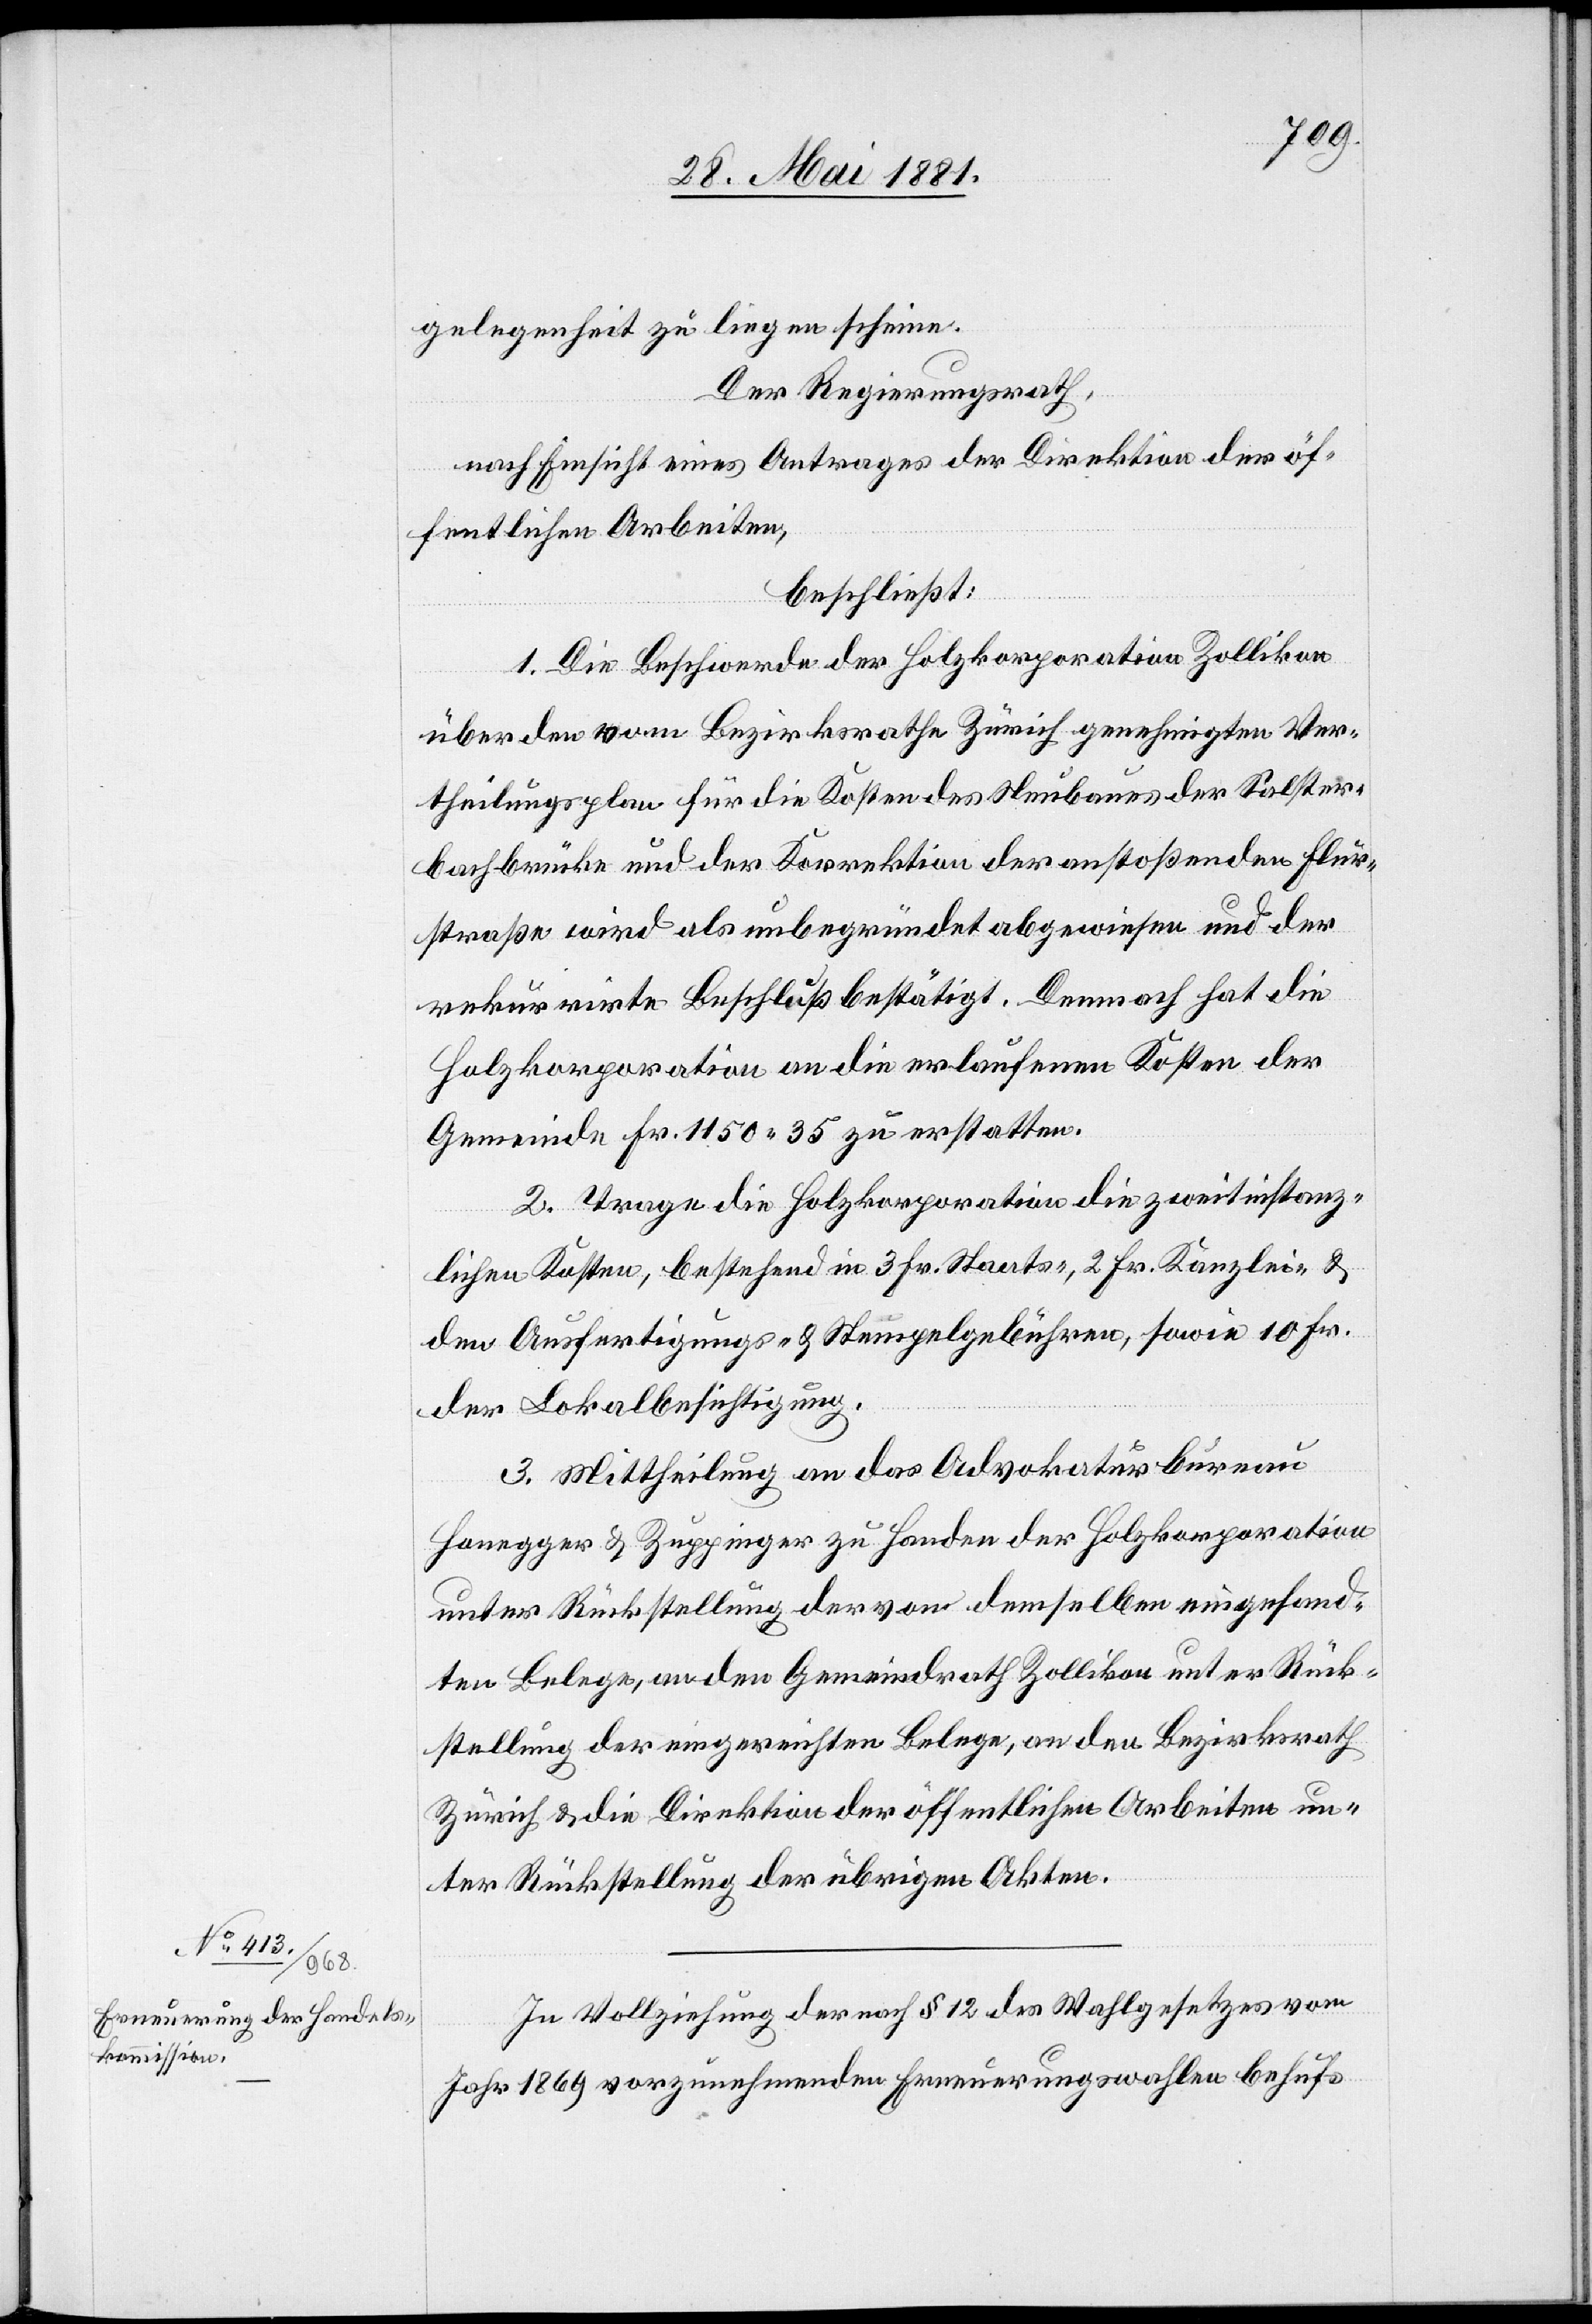
gelegenheit zu liegen scheine.
Der Regierungsrath,
nach Einsicht eines Antrages der Direktion der öf¬
fentlichen Arbeiten,
beschließt:
1. Die Beschwerde der Holzkorporation Zollikon
über den vom Bezirksrathe Zürich genehmigten Ver¬
theilungsplan für die Kosten des Neubaus der Salster¬
bachbrücke und der Korrektion der anstoßenden Flur¬
straße wird als unbegründet abgewiesen und der
rekurrirte Beschluß bestätigt. Demnach hat die
Holzkorporation an die erlaufenen Kosten der
Gemeinde Fr. 1150. 35 zu erstatten.
2. Trage die Holzkorporation die zweitinstanz¬
lichen Kosten, bestehend in 3 Fr. Staats-, 2 Fr. Kanzlei- &
den Ausfertigungs- & Stempelgebühren, sowie 10 Fr.
der Lokalbesichtigung.
3. Mittheilung an das Advokaturbureau
Honegger & Zuppinger zu Handen der Holzkorporation
unter Rückstellung der von demselben eingesand¬
ten Belege, an den Gemeindrath Zollikon unter Rück¬
stellung der eingereichten Belege, an den Bezirksrath
Zürich & die Direktion der öffentlichen Arbeiten un¬
ter Rückstellung der übrigen Akten.
In Vollziehung der nach § 12 des Wahlgesetzes vom
Jahr 1869 vorzunehmenden Erneuerungswahlen behufs